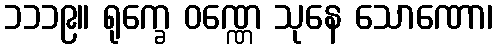
၁၁၁၉။ ရုက္ခေ ဝဏ္ဏေ သုနေ သောဏော၊